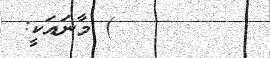
١٤ ) މާނައަކީ: